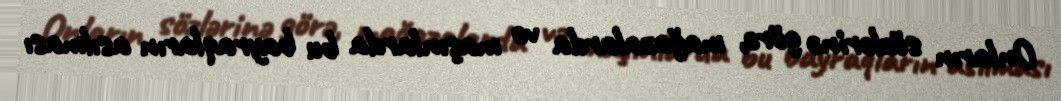
Onların sözlərinə görə, mağazalarda və maşınlarda bu bayraqların asılması